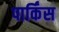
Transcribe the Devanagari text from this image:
पार्किंस